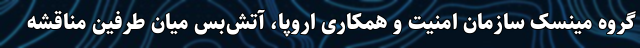
گروه مینسک سازمان امنیت و همکاری اروپا، آتش‌بس میان طرفین مناقشه